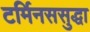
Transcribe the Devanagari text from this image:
टर्मिनससुद्धा